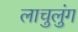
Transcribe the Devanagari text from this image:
लाचुलुंग